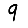
Digit: 9